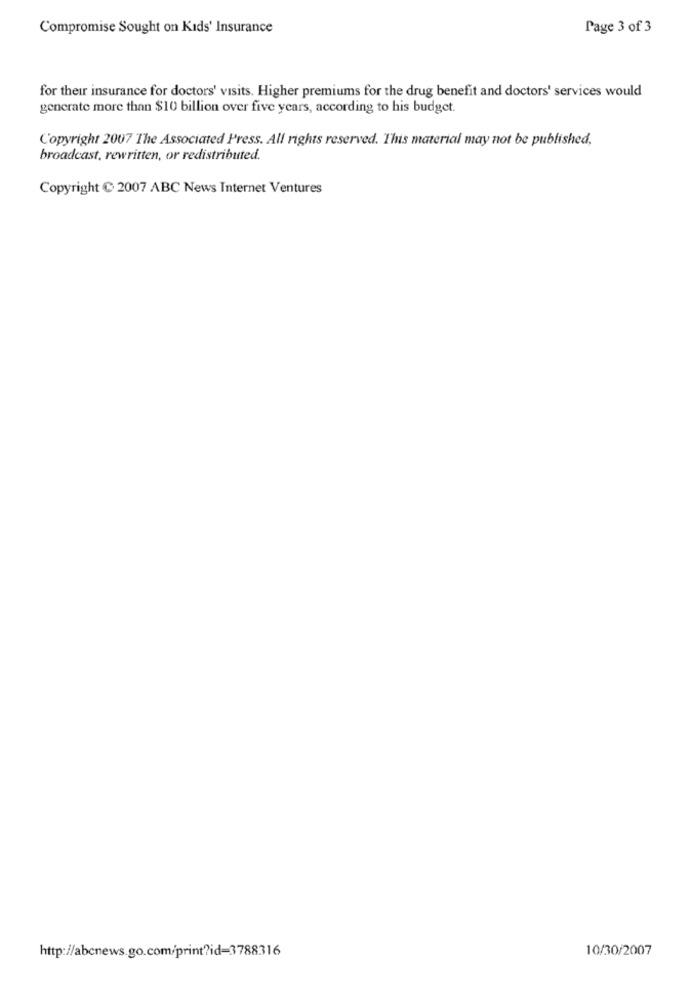
Compromise Sought on Kids' Insurance
Page 3 of 3
for their insurance for doctors' visits. Higher premiums for the drug benefit and doctors' services would
generate more than $10 billion over five years, according to his budget.
Copyright 2007 The Associated Press. All rights reserved. This material may not be published,
broadcast, rewritten, or redistributed.
Copyright C 2007 ABC News Internet Ventures
http://abcnews.go.com/print?id=3788316
10/30/2007